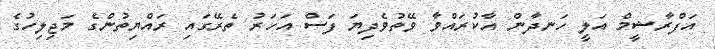
އަފްރާޝީމް އަލީ ހަނދާން އާކުރައްވާ ވޭތުވެދިޔަ ފަސް އަހަރު ތެރޭގައި ރައްޔިތުންގެ މަޖިލިހުގެ